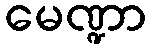
မေဏ္ဍာ